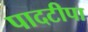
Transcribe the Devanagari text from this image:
पादटीपा